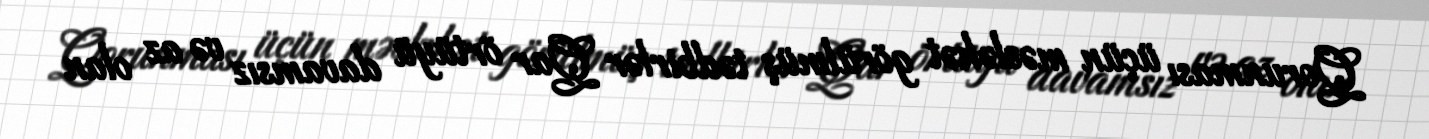
Qorunması üçün məsləhət görülmüş tədbirlər Qar örtüyü davamsız və az olan